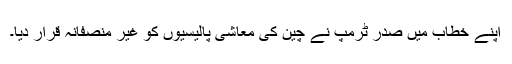
اپنے خطاب میں صدر ٹرمپ نے چین کی معاشی پالیسیوں کو غیر منصفانہ قرار دیا۔